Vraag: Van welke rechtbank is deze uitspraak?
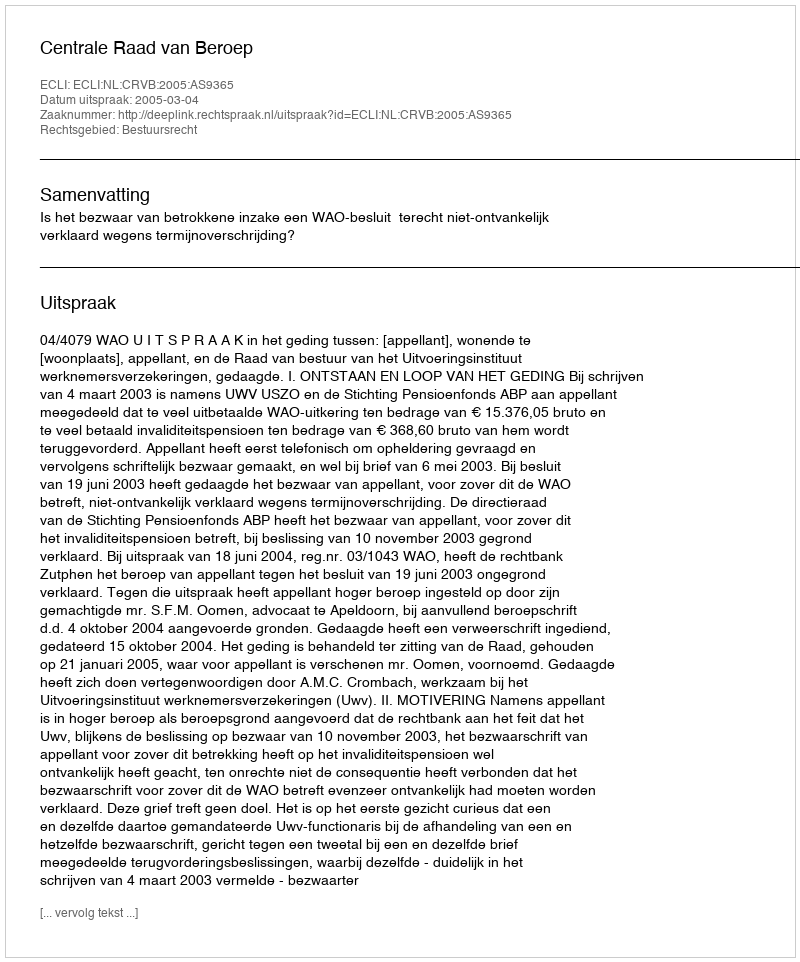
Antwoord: Centrale Raad van Beroep